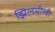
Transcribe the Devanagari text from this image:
झिलमीली